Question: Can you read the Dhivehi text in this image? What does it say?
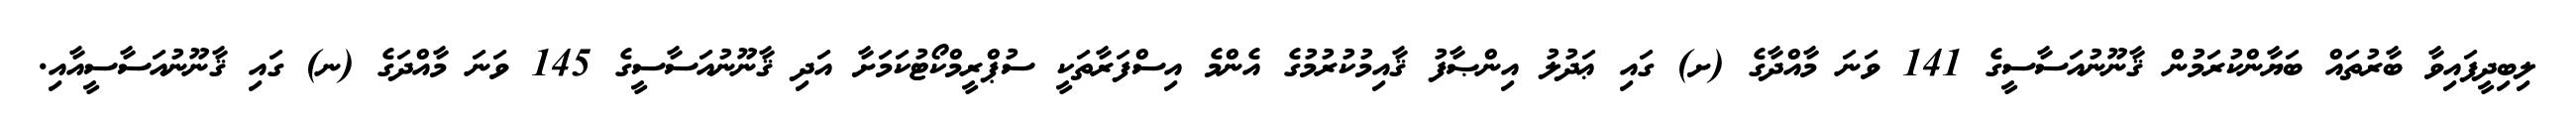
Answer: ލިބިދީފައިވާ ބާރުތައް ބަޔާންކުރަމުން ޤާނޫނުއަސާސީގެ 141 ވަނަ މާއްދާގެ (ށ) ގައި ޢަދުލު އިންޞާފު ޤާއިމުކުރުމުގެ އެންމެ އިސްފަރާތަކީ ސުޕްރީމްކޯޓުކަމަށާ އަދި ޤާނޫނުއަސާސީގެ 145 ވަނަ މާއްދަގެ (ނ) ގައި ޤާނޫނުއަސާސީއާއި.